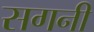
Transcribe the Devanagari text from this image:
सगनी